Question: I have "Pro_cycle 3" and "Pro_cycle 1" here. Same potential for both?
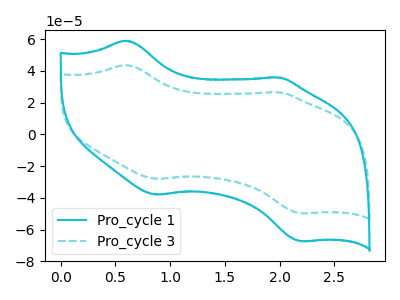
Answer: <think>The cyan curve "Pro_cycle 1" has anodic peaks at (0.60V, 59.00uA) (2.00V, 35.75uA) and cathodic peaks at (0.85V, -38.05uA) (2.20V, -67.35uA). The cyan dashed curve "Pro_cycle 3" has anodic peaks at (0.60V, 43.60uA) (2.00V, 26.45uA) and cathodic peaks at (0.85V, -28.10uA) (2.20V, -49.75uA).
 All the peaks in "Pro_cycle 3" have a peak in "Pro_cycle 1" at the same potential. Every peak in "Pro_cycle 3" is lower than every peak in "Pro_cycle 1".</think>
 <answer>"Pro_cycle 3" and "Pro_cycle 1" are similar in shape.</answer>
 <eval>same_shape</eval>